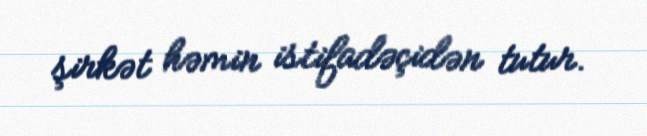
şirkət həmin istifadəçidən tutur.